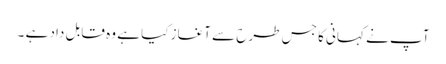
آپ نے کہانی کا جس طرح سے آغاز کیا ہے وہ قابل داد ہے ۔